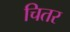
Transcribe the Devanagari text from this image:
चितर